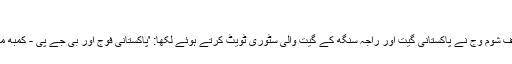
'
دلی دور است نامی ٹوئٹر صارف شوم وج نے پاکستانی گیت اور راجہ سنگھ کے گیت والی سٹوری ٹویٹ کرتے ہوئے لکھا: 'پاکستانی فوج اور بی جے پی - کمبھ میلے میں بچھڑے دو بھائی ہیں۔